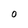
Character: O